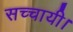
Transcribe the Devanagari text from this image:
सच्चायी।